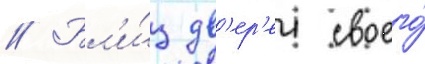
// Бл'и́з дв'ер'еи своего́